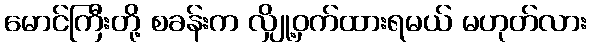
မောင်ကြီးတို့ စခန်းက လျှို့ဝှက်ထားရမယ် မဟုတ်လား